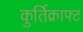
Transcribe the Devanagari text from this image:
कुर्तिक्राफ्ट